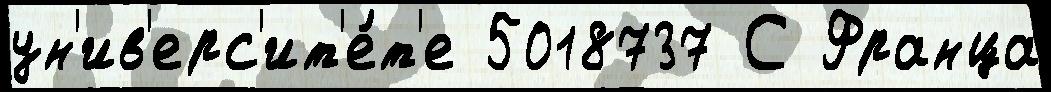
ун'ив'ерс'ит'е́т'е 5018737 С Франца